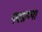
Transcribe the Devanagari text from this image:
नवप्राप्य।